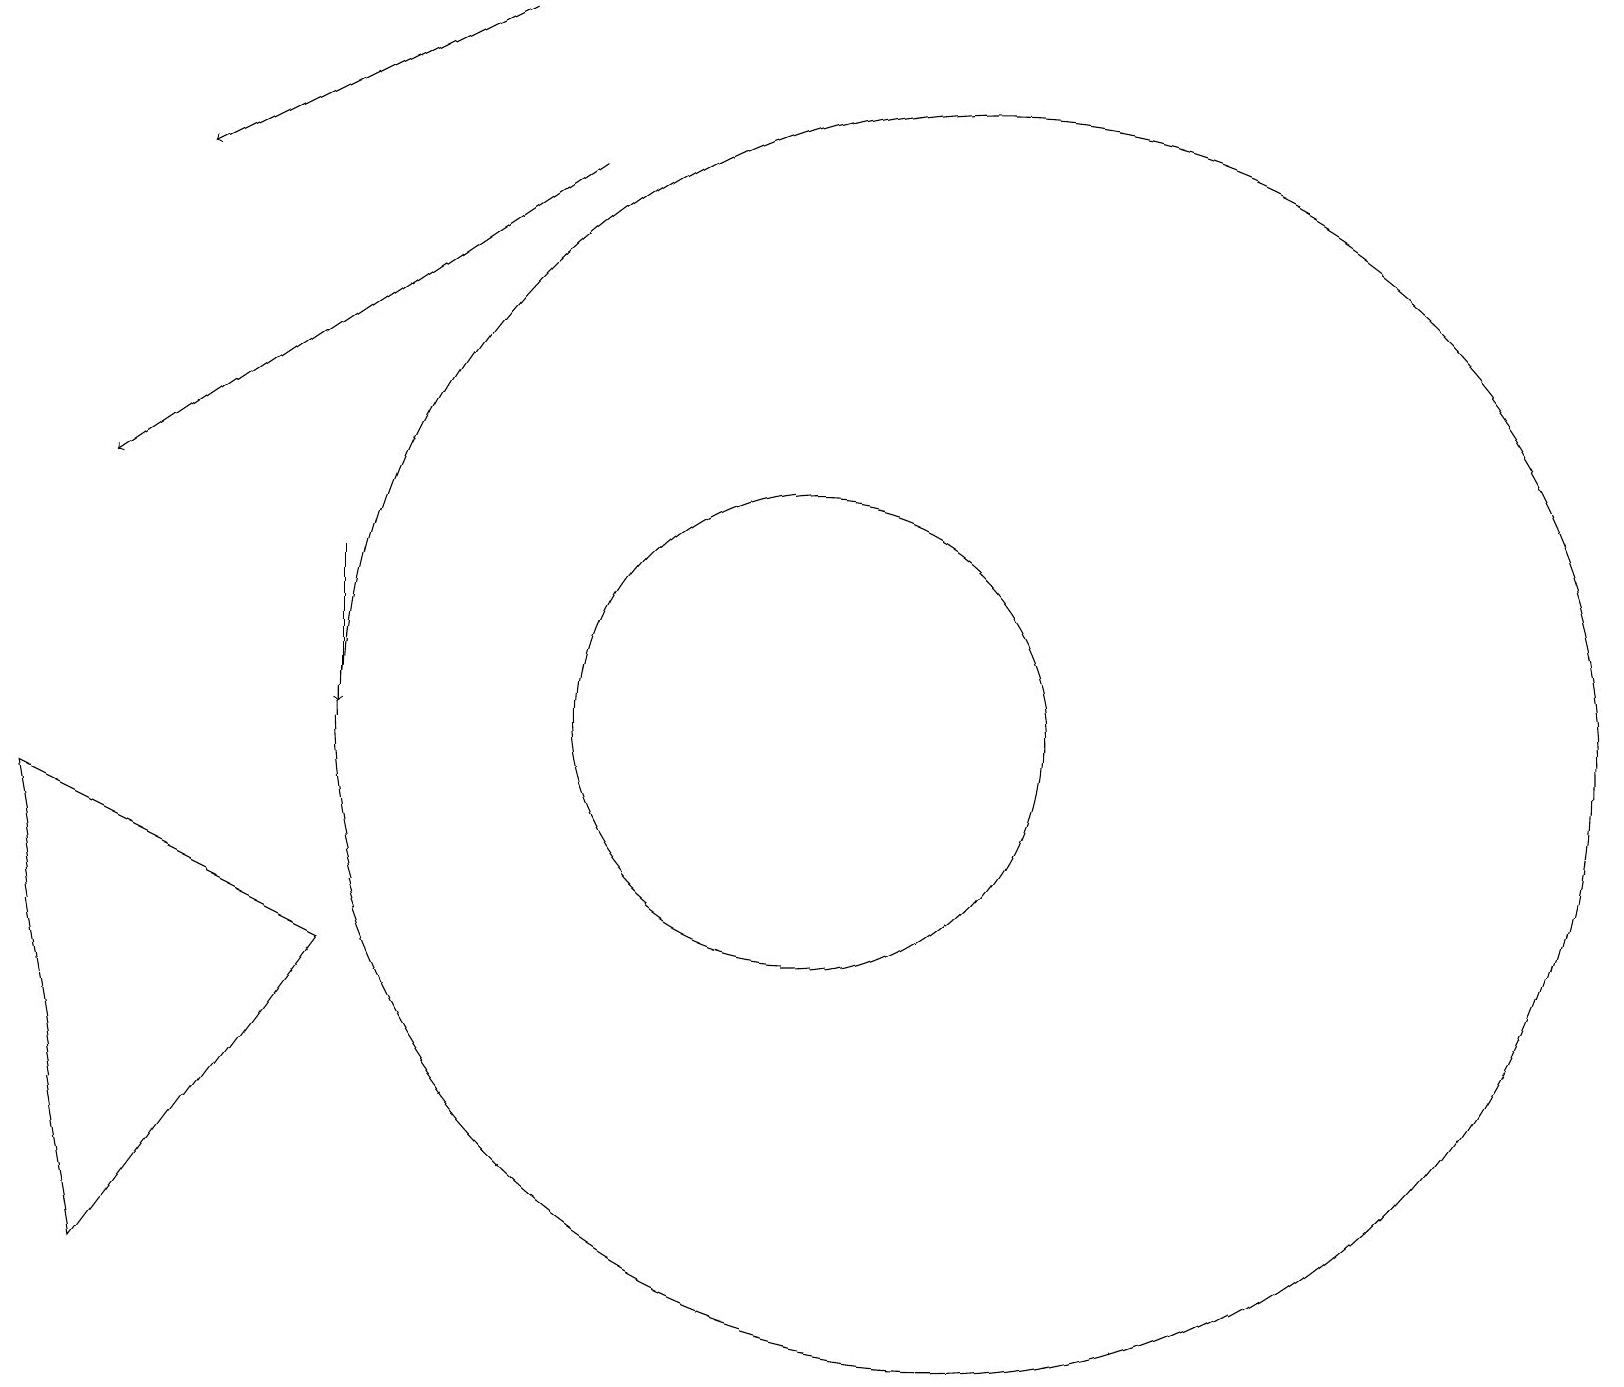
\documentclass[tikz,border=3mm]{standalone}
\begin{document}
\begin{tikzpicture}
\draw[->] (4,12) -- (4,10);
\draw (12,10) circle (8);
\draw[->] (7,17) -- (1,13);
\draw (10,10) circle (3);
\draw (1,3) -- (0,9) -- (4,7) -- cycle;
\draw[->] (6,19) -- (2,17);
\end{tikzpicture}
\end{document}